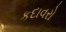
કદાવરો